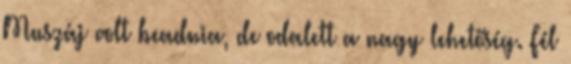
Muszáj volt beadnia, de odalett a nagy lehetőség. Fél